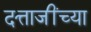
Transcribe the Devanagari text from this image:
दत्ताजींच्या